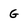
Character: G